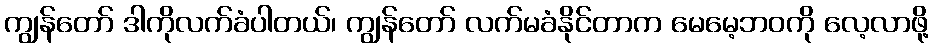
ကျွန်တော် ဒါကိုလက်ခံပါတယ်၊ ကျွန်တော် လက်မခံနိုင်တာက မေမေ့ဘဝကို လေ့လာဖို့